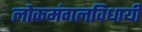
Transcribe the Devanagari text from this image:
लोकमंगलविधायी